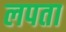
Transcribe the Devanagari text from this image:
लपता